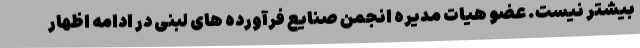
بیشتر نیست. عضو هیات مدیره انجمن صنایع فرآورده های لبنی در ادامه اظهار